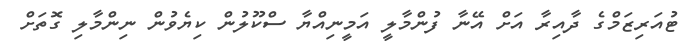
ޓުއަރިޒަމްގެ ދާއިރާ އަށް އޭނާ ފުންމާލީ އަމީނިއްޔާ ސްކޫލުން ކިޔެވުން ނިންމާލި ގޮތަށް